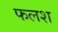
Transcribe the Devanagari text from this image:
फलश